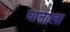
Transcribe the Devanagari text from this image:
घानाला